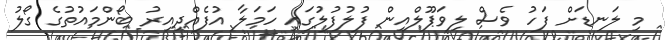
މި ލަނޑަށް ފަހު ވެސް ލިވަޕޫލްއިން ފުލުފުލުގައި ހަމަލާ އުފެއްދިއިރު ބޯންމައުތުގެ ގޯލު